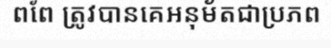
ពពែ ត្រូវបានគេអនុម័តជាប្រភព